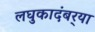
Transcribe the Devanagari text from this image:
लघुकादंबर्‍या